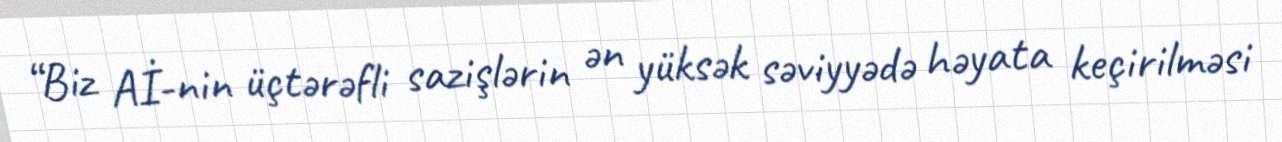
“Biz Aİ-nin üçtərəfli sazişlərin ən yüksək səviyyədə həyata keçirilməsi